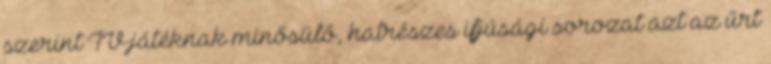
szerint TV-játéknak minősülő, hatrészes ifjúsági sorozat azt az űrt